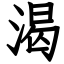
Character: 渴